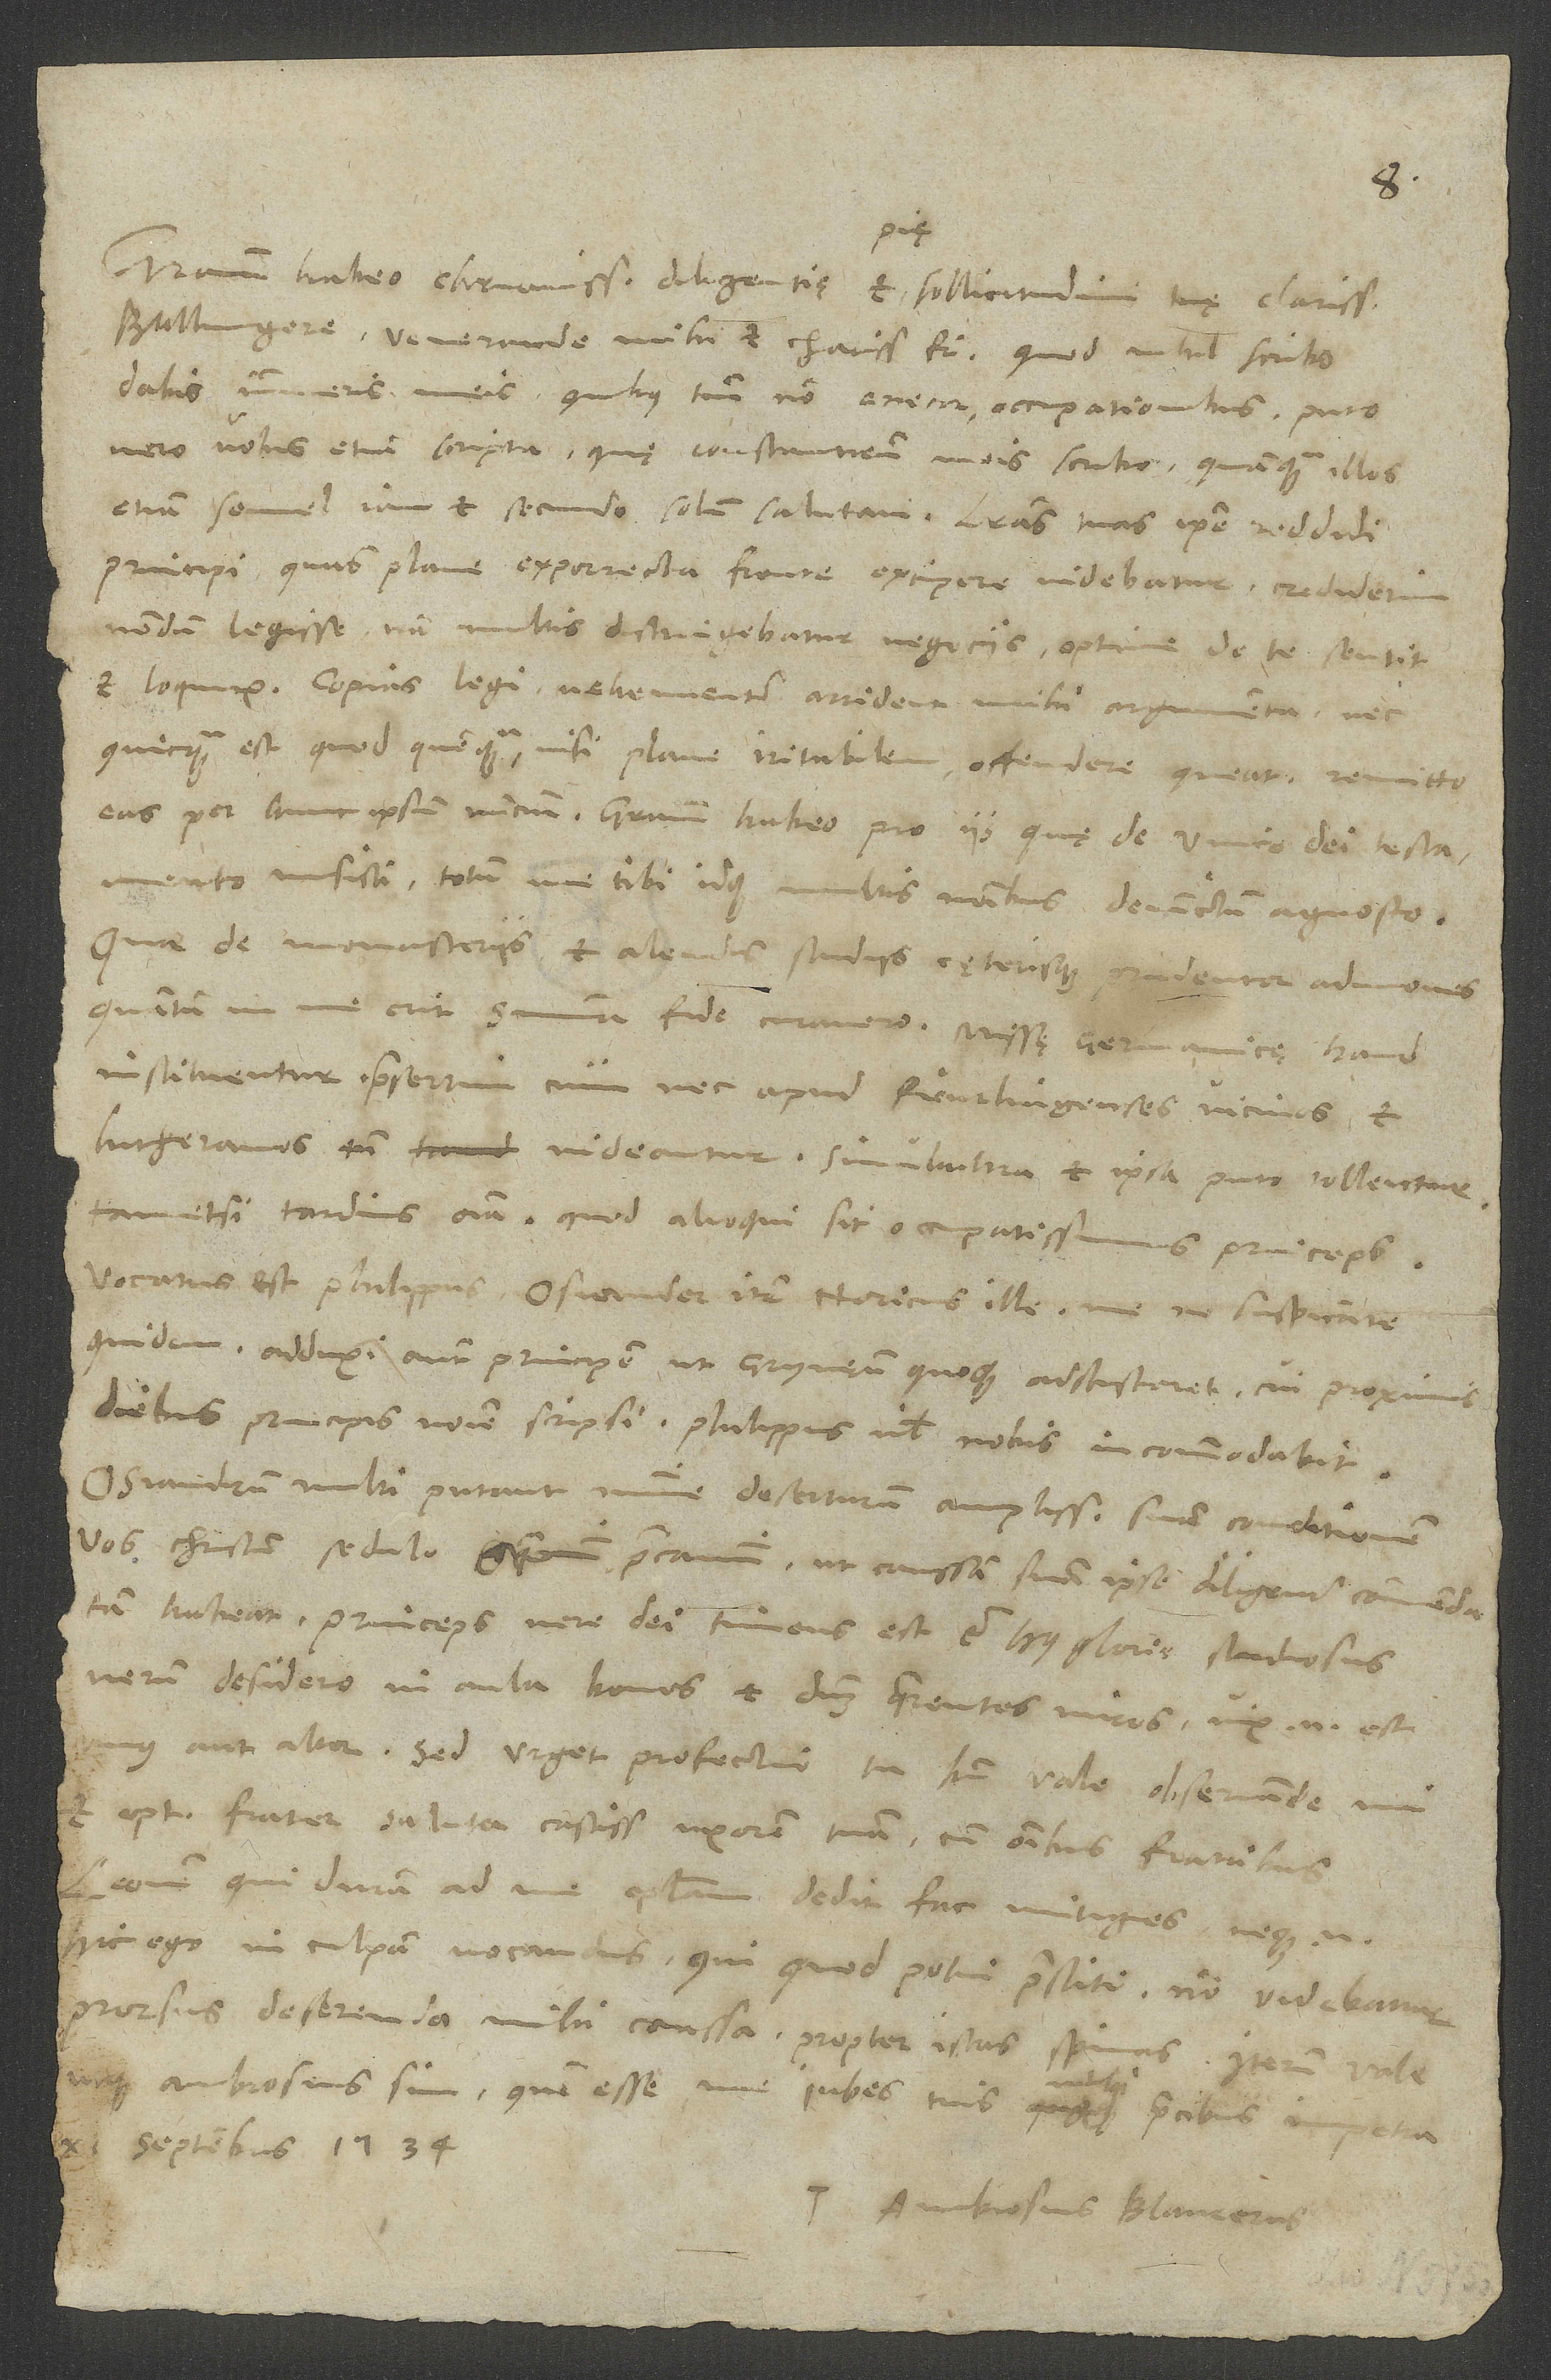
dabis innumeris meis - quibus tamen non enecor - occupationibus. Puto
vero vobis etiam scripta, quę Constantien meis scribo, quamquam illos
etiam semel iam et secundo solum salutavi. Literas tuas ipse reddidi
principi, quas plane exporrecta fronte excipere videbatur.
nondum legisse. Nam multis distringebatur negociis. Optime de te sentit
et loquitur. Copias legi. Vehementer arrident mihi argumenta, nec
quicquam est, quod quenquam nisi plane iritabilem offendere queat. Remitto
testamento misisti. Totum me tibi, idque multis nominibus, devinctum agnosco.
Quae de monasteriis et alendis studiis cęterisque prudenter admones,
instituentur, praesertim cum nec apud Reutlingenses vicinos, et
Lutheranos tamen videantur. Simulacra et ipsa, puto, tollentur,
tametsi tardius omnia, quod alioqui sit occupatissimus princeps.
Vocatus est Philippus, Osiander item Noricus ille me ne suspicante
quidem. Adduxi autem principem, ut Grynęum quoque adscisceret, cui proximis
diebus principis nomine scripsi. Philippus nihil nobis incommodabit.
Osiandrum multi putant minime deserturum ampliß suam conditionem.
Vos Christum sedulo perquam praecamini, ut caussam suam ipse diligenter commendatam
habeat. Princeps vere dei timens est et huius gloriae studiosus.
Verum desidero in aula bonos et dominum quaerentes viros. Vix enim est
Leonem, qui duram ad me epistolam dedit, fac mitiges. Neque enim
hic ego in culpam vocandus, qui quod potui, praestiti. Non videbatur
prorsus deserenda mihi caussa propter istas spinas.
utque Ambrosius sim, quem esse sane iubes, tuis mihi praecibus impetra.
11. septembris 1534.
T. Ambrosius Blaurerus.